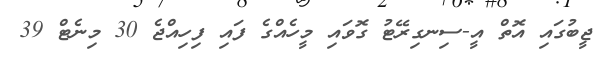
ޖީބުގައި އޮތް އީ-ސިނގިރޭޓު ގޮވައި މީހެއްގެ ފައި ފިހިއްޖެ 30 މިނެޓް 39